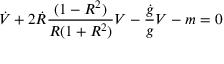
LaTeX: \dot { V } + 2 \dot { R } { \frac { ( 1 - R ^ { 2 } ) } { R ( 1 + R ^ { 2 } ) } } V - { \frac { \dot { g } } { g } } V - m = 0